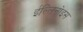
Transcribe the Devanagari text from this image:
ईल्लिनोइस